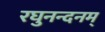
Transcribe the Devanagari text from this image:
रघुनन्दनम्‌